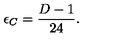
\epsilon _ { C } = \frac { D - 1 } { 2 4 } .